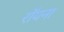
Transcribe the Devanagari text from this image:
रॉयना